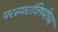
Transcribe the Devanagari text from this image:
परस्परांविषयीच्या